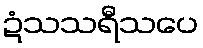
ဍံသသရီသပေ